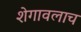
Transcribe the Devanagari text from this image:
शेगावलाच